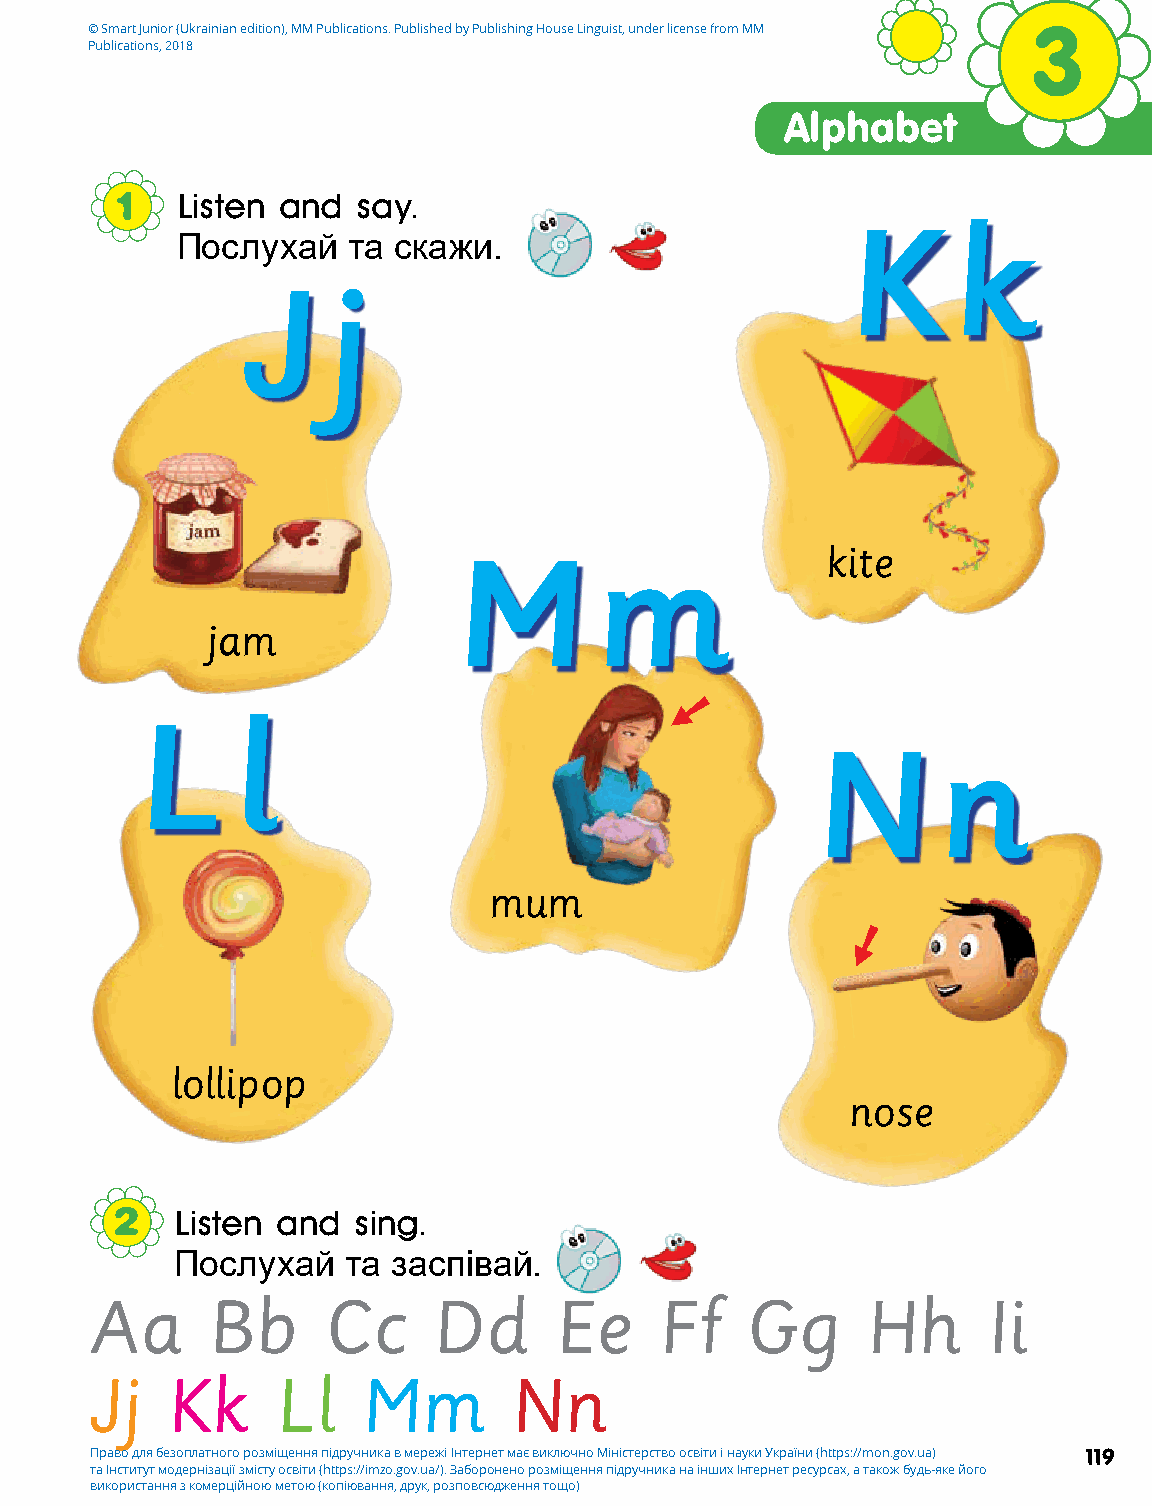
© Smart Junior (Ukrainian edition), MM Publications. Published by Publishing House Linguist, under license from MM 3
 Publications, 2018
 Alphabet
 1   Listen and  say.
 K      k
 Послухай   та скажи.
 J     j
 M        m               kite
 jam
 L     l
 N       n
 mum
 lollipop
 nose
 2   Listen and sing.
 Послухай   та заспівай.
 Aa      Bb     Cc      Dd      Ee     Ff   Gg      Hh      Ii
 Jj   Kk     Ll    Mm        Nn
 Право для безоплатного розміщення підручника в мережі Інтернет має виключно Міністерство освіти і науки України (https://mon.gov.ua) 119
 та Інститут модернізації змісту освіти (https://imzo.gov.ua/). Заборонено розміщення підручника на інших Інтернет ресурсах, а також будь-яке його
 використання з комерційною метою (копіювання, друк, розповсюдження тощо)
 
 